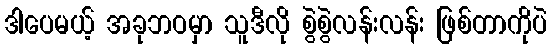
ဒါပေမယ့် အခုဘဝမှာ သူဒီလို စွဲစွဲလန်းလန်း ဖြစ်တာကိုပဲ